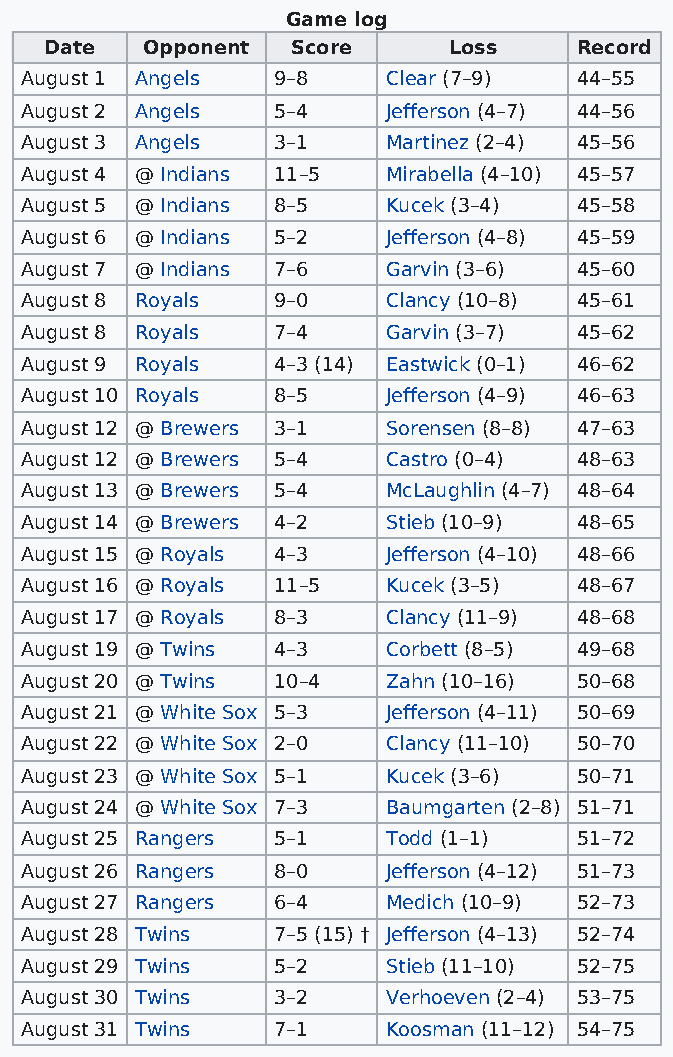
Game log
 Date  Opponent  Score      Loss    Record
 August 1 Angels  9–8     Clear (7–9) 44–55
 August 2 Angels  5–4     Jefferson (4–7) 44–56
 August 3 Angels  3–1     Martinez (2–4) 45–56
 August 4 @ Indians 11–5  Mirabella (4–10) 45–57
 August 5 @ Indians 8–5   Kucek (3–4) 45–58
 August 6 @ Indians 5–2   Jefferson (4–8) 45–59
 August 7 @ Indians 7–6   Garvin (3–6) 45–60
 August 8 Royals  9–0     Clancy (10–8) 45–61
 August 8 Royals  7–4     Garvin (3–7) 45–62
 August 9 Royals  4–3 (14) Eastwick (0–1) 46–62
 August 10 Royals 8–5     Jefferson (4–9) 46–63
 August 12 @ Brewers 3–1  Sorensen (8–8) 47–63
 August 12 @ Brewers 5–4  Castro (0–4) 48–63
 August 13 @ Brewers 5–4  McLaughlin (4–7) 48–64
 August 14 @ Brewers 4–2  Stieb (10–9) 48–65
 August 15 @ Royals 4–3   Jefferson (4–10) 48–66
 August 16 @ Royals 11–5  Kucek (3–5) 48–67
 August 17 @ Royals 8–3   Clancy (11–9) 48–68
 August 19 @ Twins 4–3    Corbett (8–5) 49–68
 August 20 @ Twins 10–4   Zahn (10–16) 50–68
 August 21 @ White Sox 5–3 Jefferson (4–11) 50–69
 August 22 @ White Sox 2–0 Clancy (11–10) 50–70
 August 23 @ White Sox 5–1 Kucek (3–6) 50–71
 August 24 @ White Sox 7–3 Baumgarten (2–8) 51–71
 August 25 Rangers 5–1    Todd (1–1)  51–72
 August 26 Rangers 8–0    Jefferson (4–12) 51–73
 August 27 Rangers 6–4    Medich (10–9) 52–73
 August 28 Twins  7–5 (15) † Jefferson (4–13) 52–74
 August 29 Twins  5–2     Stieb (11–10) 52–75
 August 30 Twins  3–2     Verhoeven (2–4) 53–75
 August 31 Twins  7–1     Koosman (11–12) 54–75